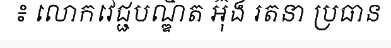
៖ លោកវេជ្ជបណ្ឌិត អ៊ុង រតនា ប្រធាន